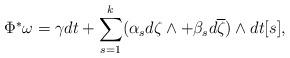
LaTeX: \begin{align*}\Phi^*\omega=\gamma dt + \sum\limits_{s=1}^k (\alpha_s d\zeta\wedge + \beta_sd\overline\zeta) \wedge dt[s],\end{align*}